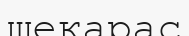
шекарас